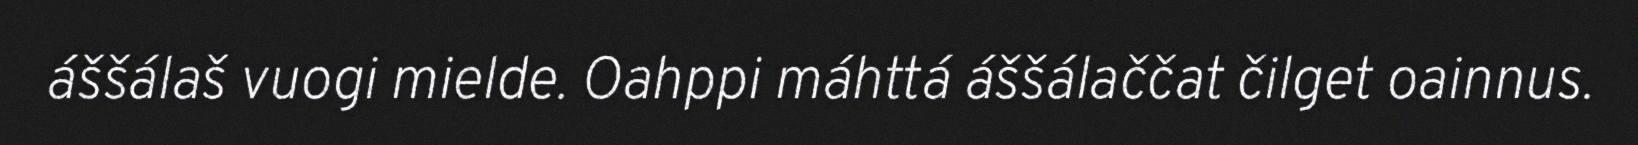
áššálaš vuogi mielde. Oahppi máhttá áššálaččat čilget oainnus.